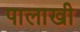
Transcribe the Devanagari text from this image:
पालाखी